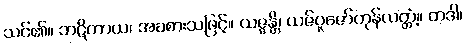
သင်၏။ ဘဋိကာယ၊ အခစားသဖြင့်။ ယဇ္ဇန္တိ၊ ယဇ်ပူဇော်ကုန်လတ္တံ့။ တဒါ၊